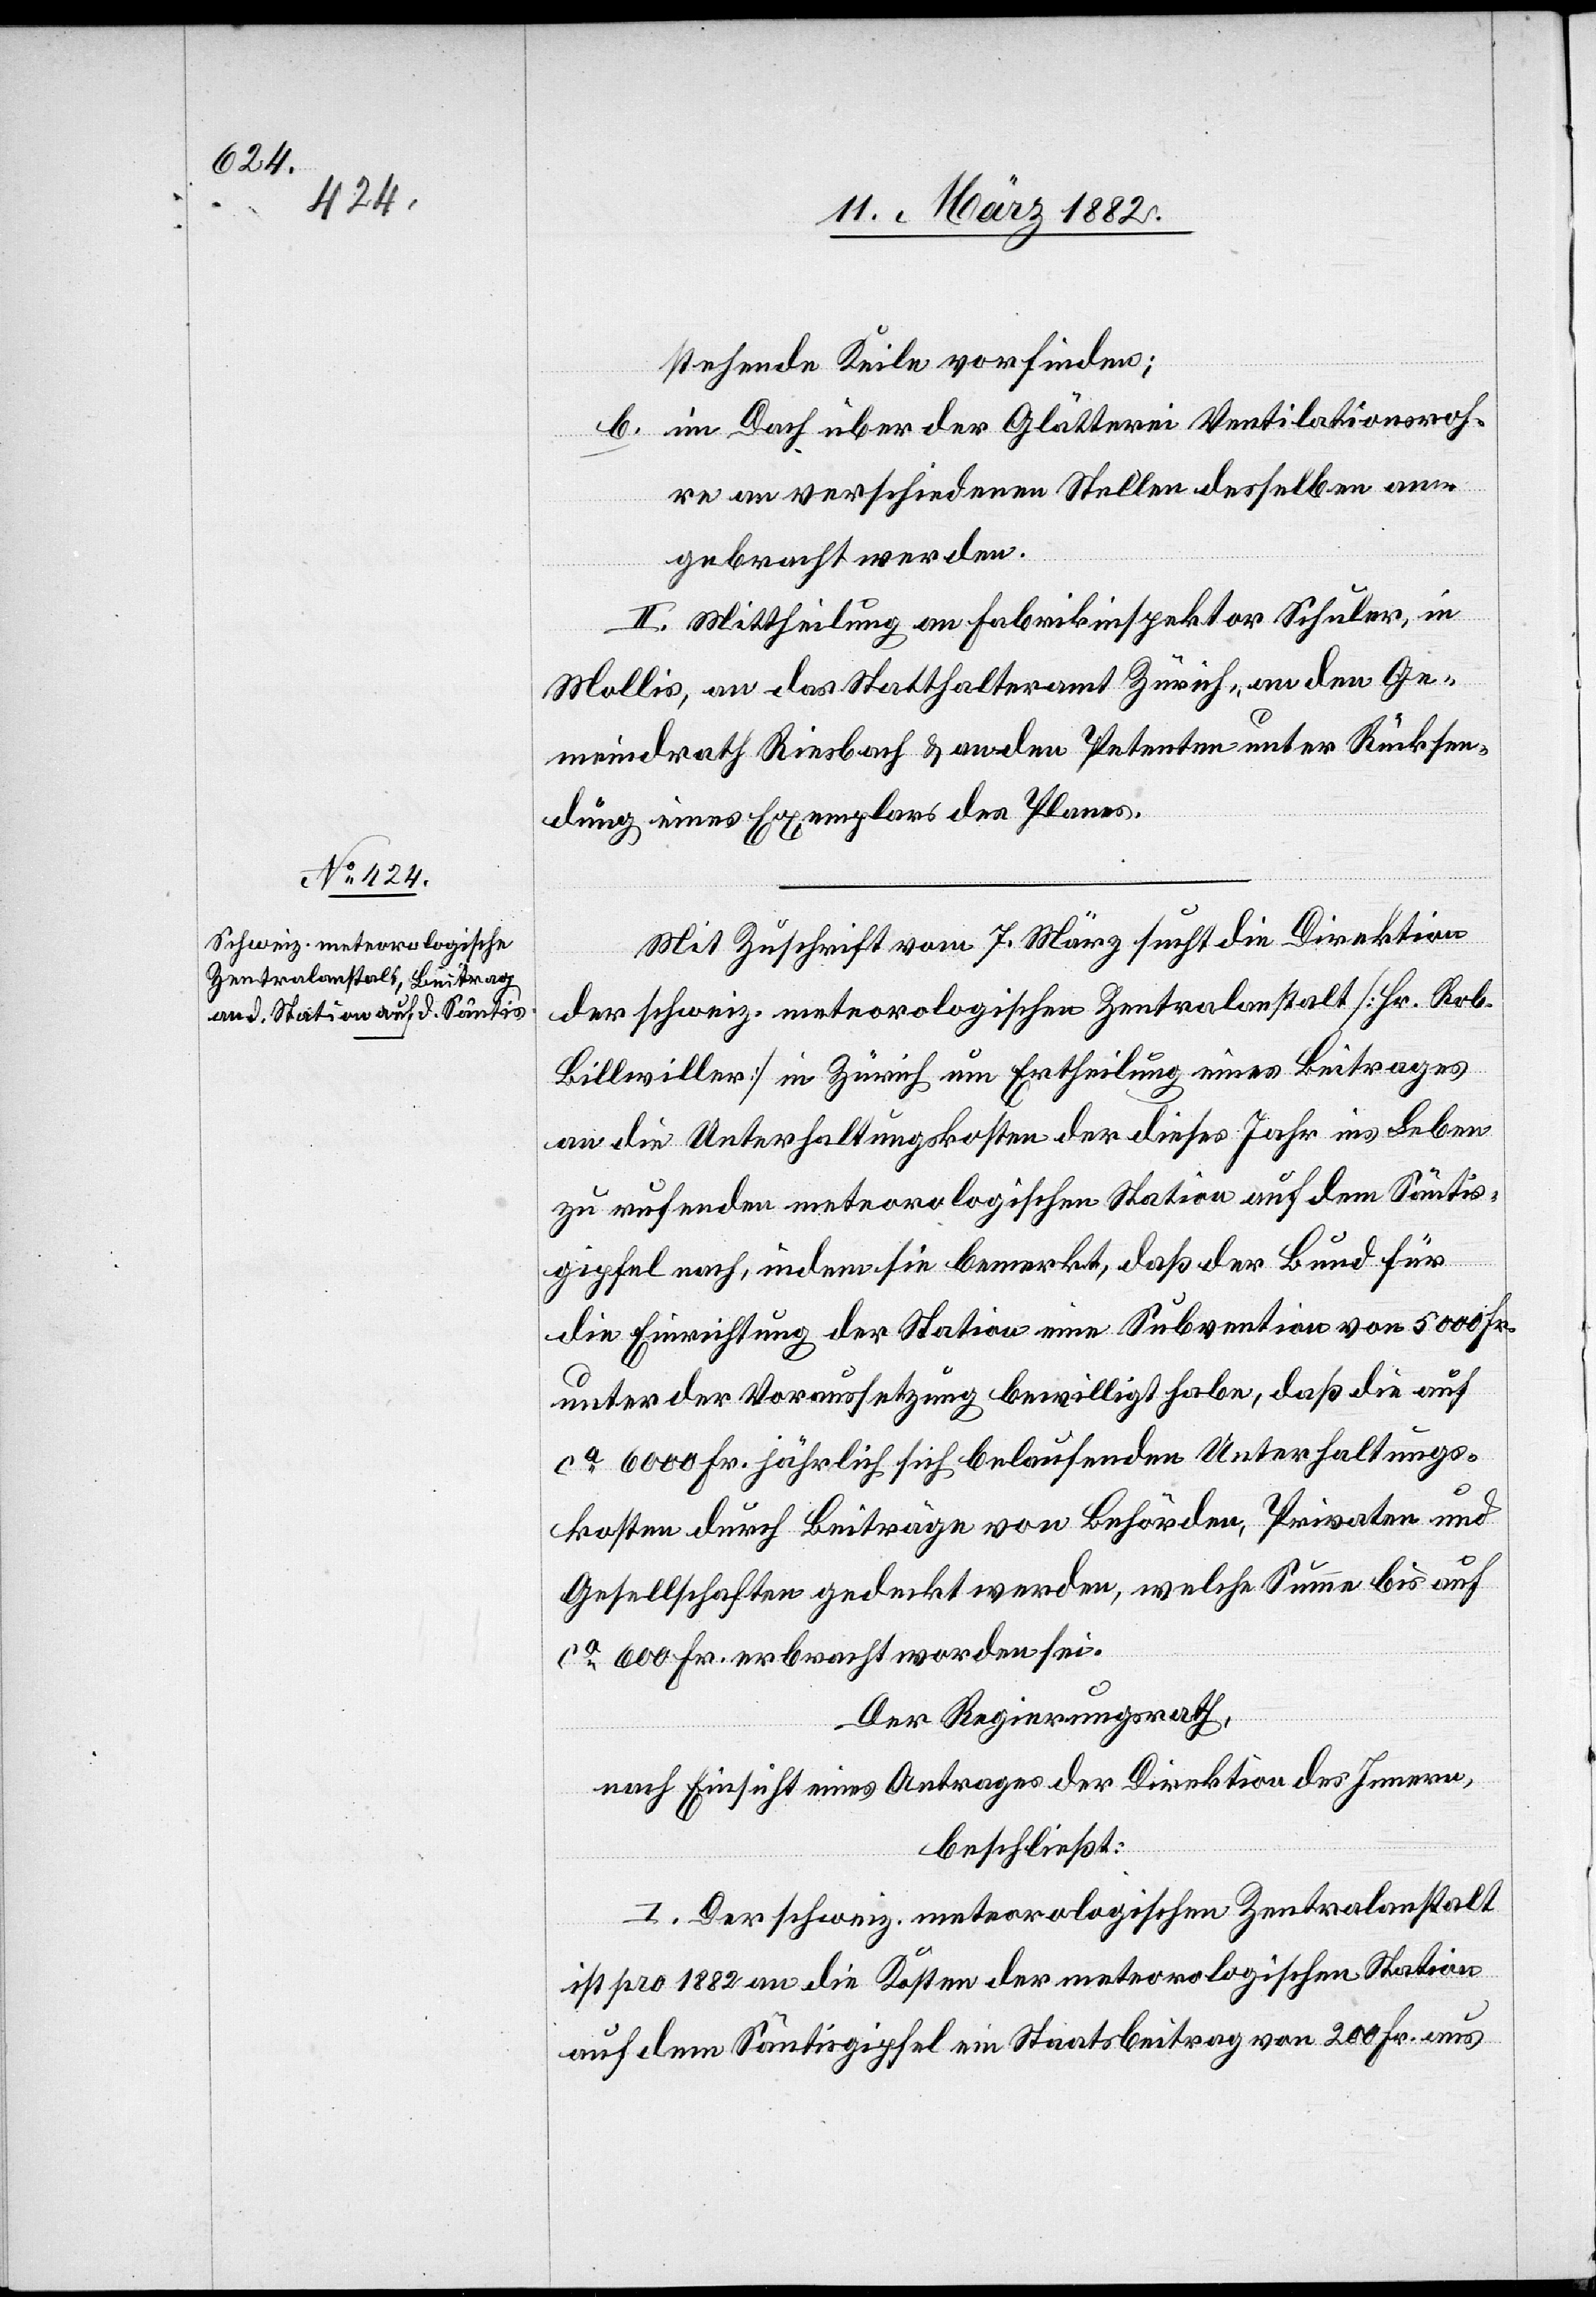
stehende Keile vorfinden;
b. im Dach über der Glätterei Ventilationsroh¬
re an verschiedenen Stellen desselben an¬
gebracht werden.
II. Mittheilung an Fabrikinspektor Schuler, in
Mollis, an das Statthalteramt Zürich, an den Ge¬
meindrath Riesbach & an den Petenten unter Rücksen¬
dung eines Exemplars des Planes.
Mit Zuschrift vom 7. März sucht die Direktion
der schweiz. meteorologischen Zentralanstalt [Hr. Rob.
Billwiller] in Zürich um Ertheilung eines Beitrages
an die Unterhaltungskosten der dieses Jahr ins Leben
zu rufenden meteorologischen Station auf dem Säntis¬
gipfel nach, indem sie bemerkt, daß der Bund für
die Einrichtung der Station eine Subvention von 5000 Fr.
unter der Voraussetzung bewilligt habe, daß die auf
ca 6000 Fr. jährlich sich belaufenden Unterhaltungs¬
kosten durch Beiträge von Behörden, Privaten und
Gesellschaften gedeckt werden, welche Summe bis auf
ca 600 Fr. erbracht worden sei.
Der Regierungsrath,
nach Einsicht eines Antrages der Direktion des Innern,
beschließt:
I. Der schweiz. meteorologischen Zentralanstalt
ist pro 1882 an die Kosten der meteorologischen Station
auf dem Säntisgipfel ein Staatsbeitrag von 200 Fr. aus